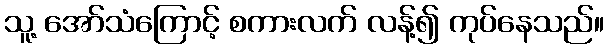
သူ့ အော်သံကြောင့် စကားလက် လန့်၍ ကုပ်နေသည်။